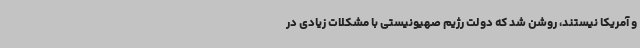
و آمریکا نیستند، روشن شد که دولت رژیم صهیونیستی با مشکلات زیادی در